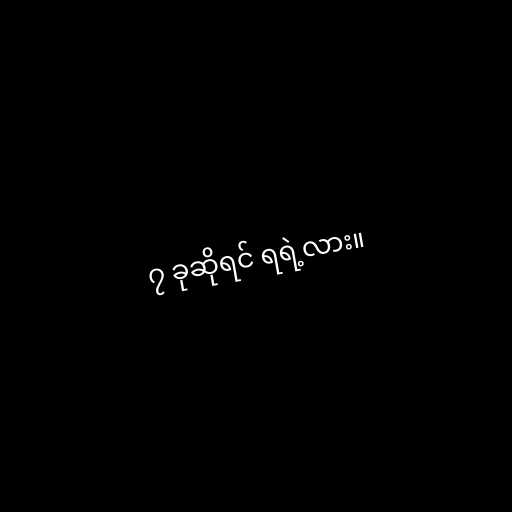
၇ ခုဆိုရင် ရရဲ့လား။